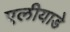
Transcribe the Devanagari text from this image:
एलीयाडे